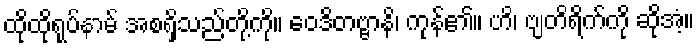
ထိုထိုရုပ်နာမ် အစရှိသည်တို့ကို။ ဝေဒိတဗ္ဗာနိ၊ ကုန်၏။ ဟိ၊ ဗျတိရိက်ကို ဆိုအံ့။